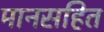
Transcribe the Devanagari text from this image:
मानसहित